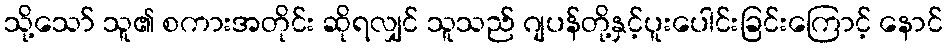
သို့သော် သူ၏ စကားအတိုင်း ဆိုရလျှင် သူသည် ဂျပန်တို့နှင့်ပူးပေါင်းခြင်းကြောင့် နောင်